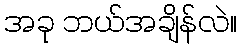
အခု ဘယ်အချိန်လဲ။